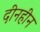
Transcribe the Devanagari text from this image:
दीनहीन